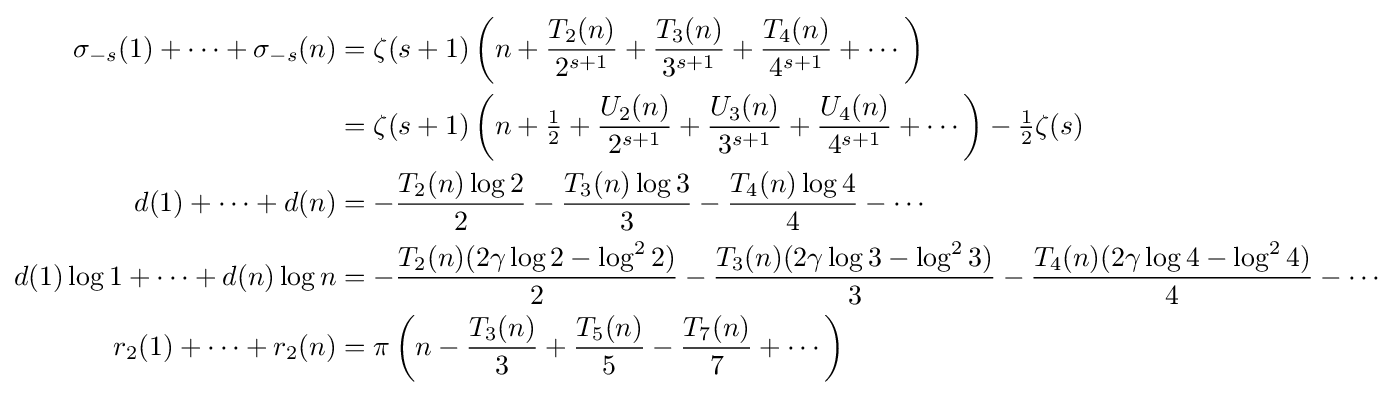
{\begin{aligned}\sigma _{-s}(1)+\cdots +\sigma _{-s}(n)&=\zeta (s+1)\left(n+{\frac {T_{2}(n)}{2^{s+1}}}+{\frac {T_{3}(n)}{3^{s+1}}}+{\frac {T_{4}(n)}{4^{s+1}}}+\cdots \right)\\&=\zeta (s+1)\left(n+{\tfrac {1}{2}}+{\frac {U_{2}(n)}{2^{s+1}}}+{\frac {U_{3}(n)}{3^{s+1}}}+{\frac {U_{4}(n)}{4^{s+1}}}+\cdots \right)-{\tfrac {1}{2}}\zeta (s)\\d(1)+\cdots +d(n)&=-{\frac {T_{2}(n)\log 2}{2}}-{\frac {T_{3}(n)\log 3}{3}}-{\frac {T_{4}(n)\log 4}{4}}-\cdots \\d(1)\log 1+\cdots +d(n)\log n&=-{\frac {T_{2}(n)(2\gamma \log 2-\log ^{2}2)}{2}}-{\frac {T_{3}(n)(2\gamma \log 3-\log ^{2}3)}{3}}-{\frac {T_{4}(n)(2\gamma \log 4-\log ^{2}4)}{4}}-\cdots \\r_{2}(1)+\cdots +r_{2}(n)&=\pi \left(n-{\frac {T_{3}(n)}{3}}+{\frac {T_{5}(n)}{5}}-{\frac {T_{7}(n)}{7}}+\cdots \right)\end{aligned}}